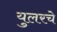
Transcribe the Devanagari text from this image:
युलरचे